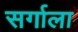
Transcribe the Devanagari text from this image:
सर्गाला